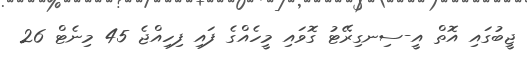
ޖީބުގައި އޮތް އީ-ސިނގިރޭޓު ގޮވައި މީހެއްގެ ފައި ފިހިއްޖެ 45 މިނެޓް 26